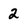
Character: 2